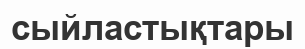
сыйластықтары